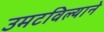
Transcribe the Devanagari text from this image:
उमटविल्याने